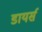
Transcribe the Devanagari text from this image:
डायर्स